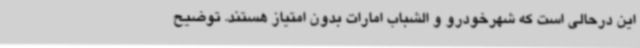
این درحالی است که شهرخودرو و الشباب امارات بدون امتیاز هستند. توضیح